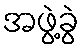
အဖွဲ့ခွဲ